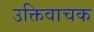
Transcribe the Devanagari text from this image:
उक्तिवाचक